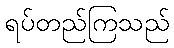
ရပ်တည်ကြသည်